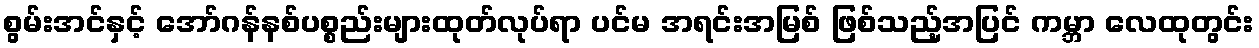
စွမ်းအင်နှင့် အော်ဂန်နစ်ပစ္စည်းများထုတ်လုပ်ရာ ပင်မ အရင်းအမြစ် ဖြစ်သည့်အပြင် ကမ္ဘာ လေထုတွင်း